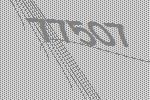
77507